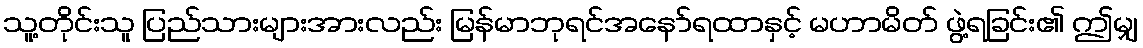
သူ့တိုင်းသူ ပြည်သားများအားလည်း မြန်မာဘုရင်အနော်ရထာနှင့် မဟာမိတ် ဖွဲ့ရခြင်း၏ ဤမျှ